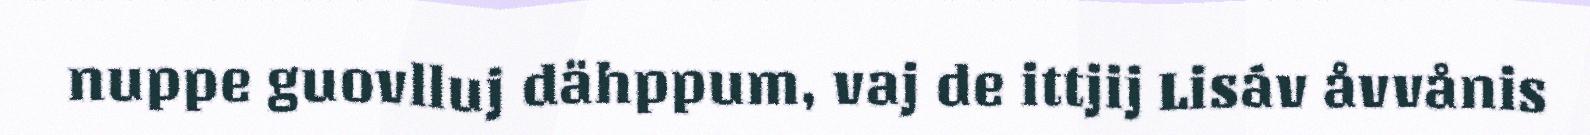
nuppe guovlluj dähppum, vaj de ittjij Lisáv åvvånis